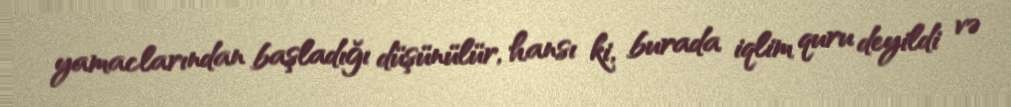
yamaclarından başladığı düşünülür, hansı ki, burada iqlim quru deyildi və